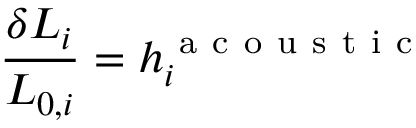
\frac { \delta L _ { i } } { L _ { 0 , i } } = h _ { i } ^ { \mathrm { ~ a ~ c ~ o ~ u ~ s ~ t ~ i ~ c ~ } }